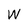
Character: W